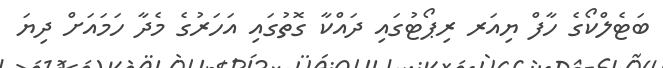
ބަޓެލްކޯގެ ހާފް ޔިއަރ ރިޕޯޓުގައި ދައްކާ ގޮތުގައި އަހަރުގެ މެދާ ހަމައަށް ދިޔަ